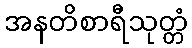
အနတိစာရီသုတ္တံ